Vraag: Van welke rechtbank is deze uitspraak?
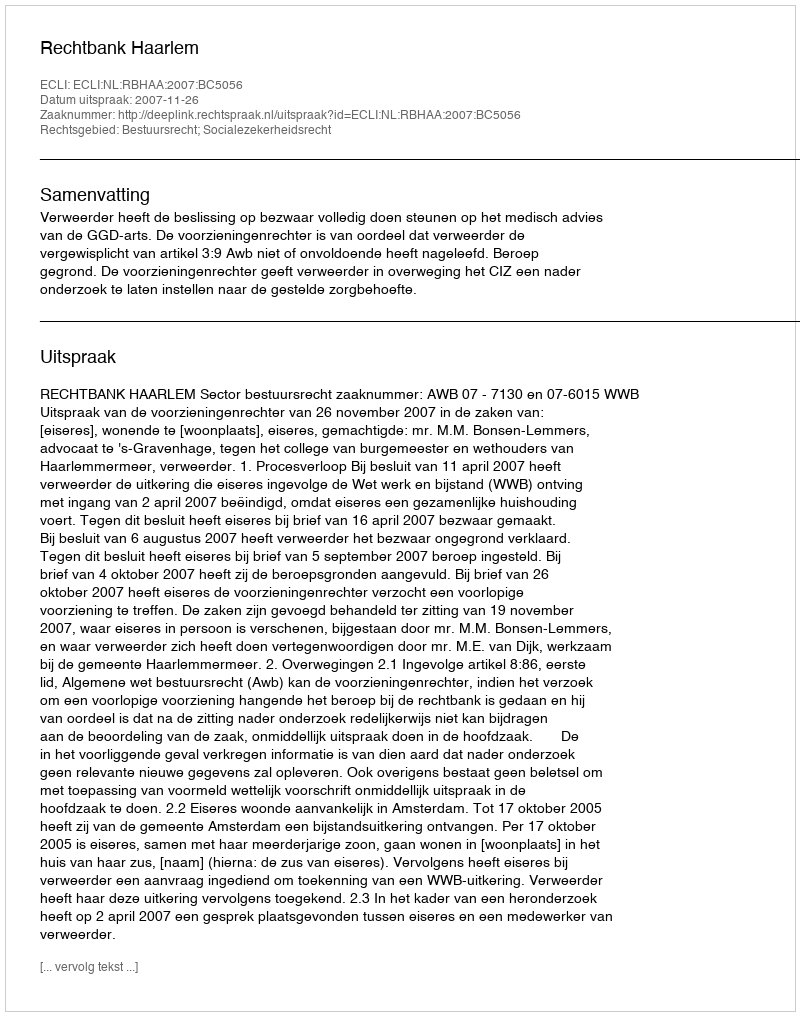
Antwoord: Rechtbank Haarlem